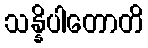
သန္နိပါတောတိ